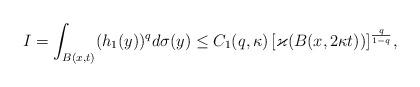
LaTeX: \begin{align*} I = \int_{B(x,t)} (h_1(y))^q d \sigma(y) \le C_1(q, \kappa) \, [\varkappa (B(x, 2 \kappa t))]^{\frac{q}{1-q}}, \end{align*}